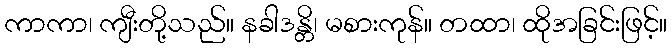
ကာကာ၊ ကျီးတို့သည်။ နခါဒန္တိ၊ မစားကုန်။ တထာ၊ ထိုအခြင်းဖြင့်။